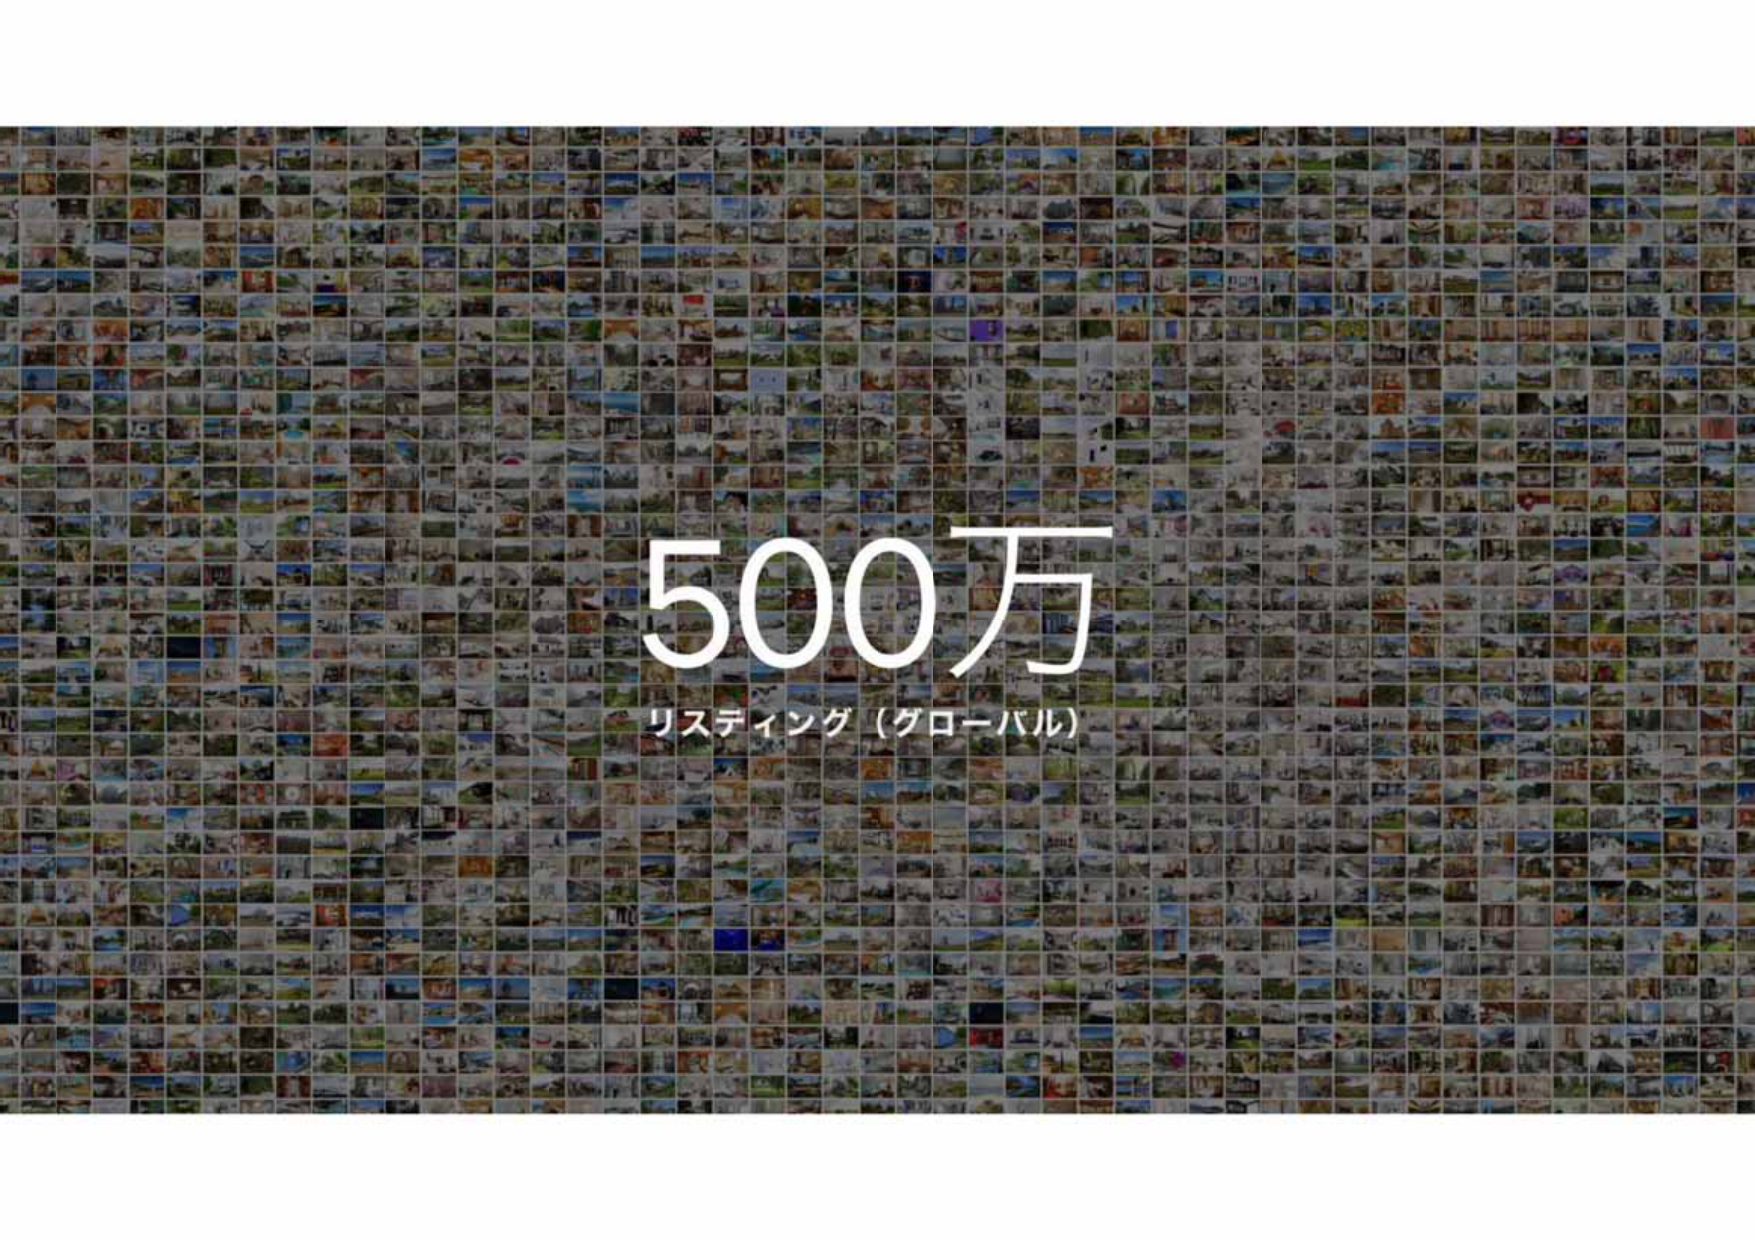
500万
リスティング（グローバル）